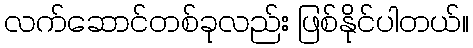
လက်ဆောင်တစ်ခုလည်း ဖြစ်နိုင်ပါတယ်။